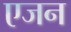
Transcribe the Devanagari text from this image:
एजन